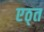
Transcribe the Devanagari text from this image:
एठ्त